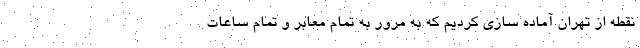
نقطه از تهران آماده سازی کردیم که به مرور به تمام معابر و تمام ساعات